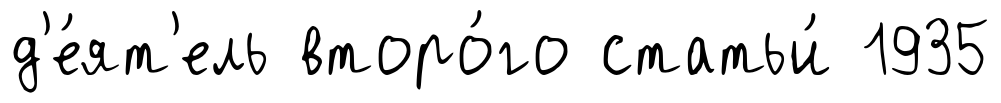
д'е́ят'ель второ́го статьи́ 1935